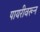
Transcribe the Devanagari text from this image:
पायरीवरून